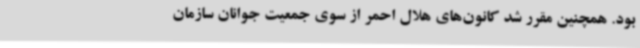
بود. همچنین مقرر شد کانون‌های هلال احمر از سوی جمعیت جوانان سازمان